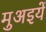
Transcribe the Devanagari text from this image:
मुअइयें